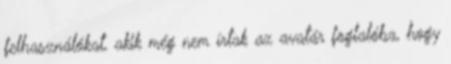
felhasználókat, akik még nem írtak az avatár foglalóba, hogy